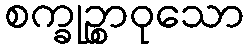
စက္ခုဉ္စာဝုသော